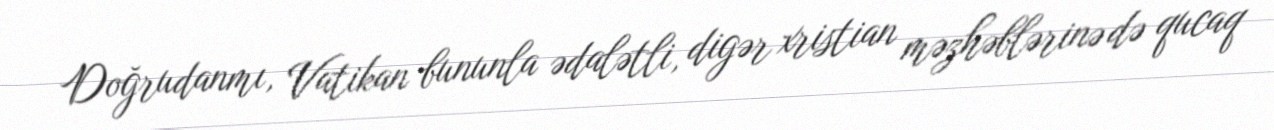
Doğrudanmı, Vatikan bununla ədalətli, digər xristian məzhəblərinə də qucaq